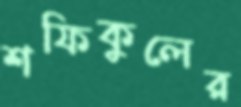
শফিকুলের